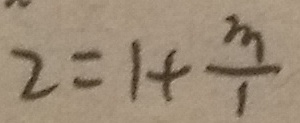
2 = 1 + \frac { m } { 1 }